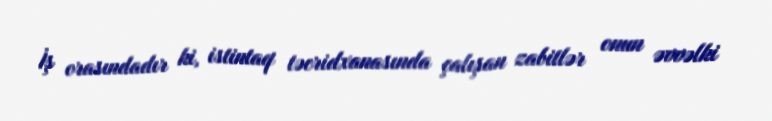
İş orasındadır ki, istintaq təcridxanasında çalışan zabitlər onun əvvəlki